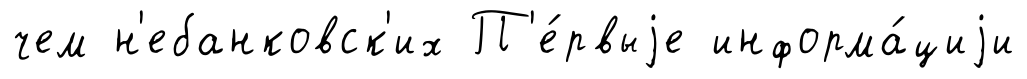
чем н'ебанковск'их П'е́рвыjе информа́циjи